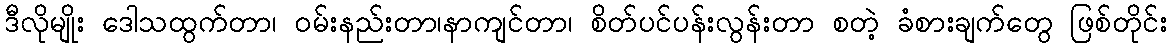
ဒီလိုမျိုး ဒေါသထွက်တာ၊ ဝမ်းနည်းတာ၊နာကျင်တာ၊ စိတ်ပင်ပန်းလွန်းတာ စတဲ့ ခံစားချက်တွေ ဖြစ်တိုင်း